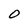
Character: O